Insane asylums in Bengal annual reports 1867-1875 - 1867-1875
Year: 1867
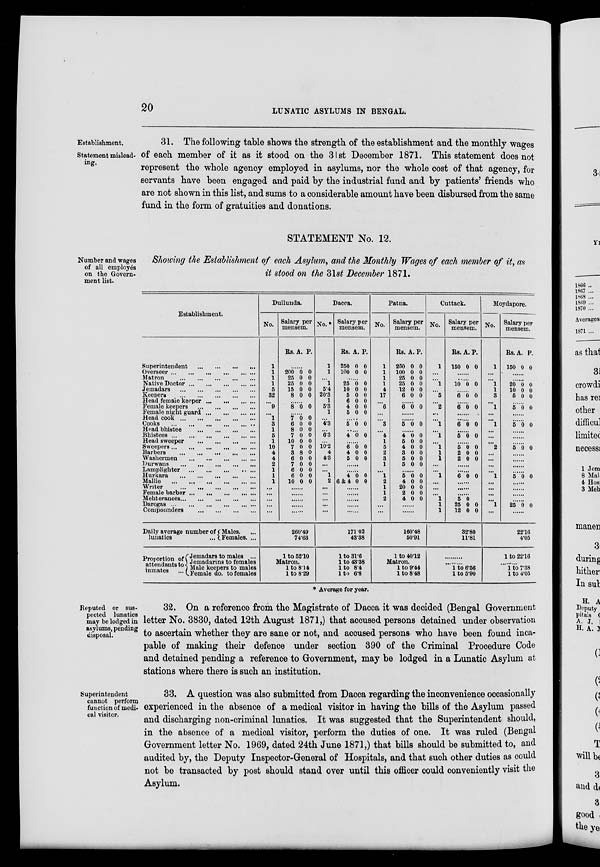
20
LUNATIC ASYLUMS IN BENGAL.
Establishment.
Statement mislead-
ing.
31. The following table shows the strength of the establishment and the monthly wages
of each member of it as it stood on the 31st December 1871. This statement does not
represent the whole agency employed in asylums, nor the whole cost of that agency, for
servants have been engaged and paid by the industrial fund and by patients' friends who
are not shown in this list, and sums to a considerable amount have been disbursed from the same
fund in the form of gratuities and donations.
Number and wages
of all employés
on the Govern-
ment list.
STATEMENT No. 12.
Showing the Establishment of each Asylum, and the Monthly Wages of each member of it, as
it stood on the 31st December 1871.
Establishment.
Superintendent
...
...
...
...
Overseer
...
...
...
...
...
Matron
...
...
...
...
Native Doctor
...
...
...
...
Jemadars
...
...
...
...
Keepers
...
...
...
...
Head female keeper... ... ... ...
Female keepers
...
...
...
...
Female night guard ... ... ... ...
Head cook
...
...
...
...
Cooks
...
...
...
...
Head bhistee
...
...
...
...
Bhistees
...
...
...
...
Head sweeper
...
...
...
...
Sweepers
...
...
...
...
Barbers
...
...
...
...
Washermen
...
...
...
...
Durwans
...
...
...
...
Lamplighter
...
...
...
...
Hurkara
...
...
...
...
Mallie
...
...
...
...
Writer
...
...
...
...
Female
barber...
...
...
...
Mehteranees...
...
...
...
Darogas
...
...
...
...
Compounders
...
...
...
...
Daily average number of
lunatics
...
Proportion of
attendants to
inmates ...
Males. ...
Females. ...
Jemadars to males ...
Jemadarins to females
Male keepers to males
Female do. to females
Dullunda.
No.
1
1
1
1
5
32
...
9
...
1
3
1
5
1
10
4
4
2
1
1
1
...
...
...
...
...
Salary per
mensem.
Rs. A. P.
......
200
25
25
15
8
0
0
0
0
0
0
0
0
0
0
......
8 0 0
......
7
6
8
7
10
7
3
6
7
6
6
10
0
0
0
0
0
0
8
0
0
0
0
0
0
0
0
0
0
0
0
0
0
0
0
0
......
......
......
......
......
260.49
74.63
1 to 52.10
Matron.
1 to 8.14
1 to 8.29
Dacca.
No.*
1
1
...
1
5.4
20.3
1
5.3
1
...
4.3
...
6.3
...
10.2
4
4.3
...
...
1
2
...
...
...
...
...
Salary per
mensem.
Rs.
250
100
A.
0
0
P.
0
0
......
25
10
5
6
4
5
0
0
0
0
0
0
0
0
0
0
0
0
......
5 0 0
......
4 0 0
......
6
4
5
0
0
0
0
0
0
......
......
4
6 & 4
0
0
0
0
......
......
......
......
......
171.02
43.38
1 to 31.6
1 to 43.38
1 to 8.4
1 to 6.8
Patna.
No.
1
1
1
1
4
17
...
6
...
...
3
...
4
1
5
2
3
1
...
1
2
1
1
2
...
...
Salary per
mensem.
Rs.
250
100
25
25
12
6
A.
0
0
0
0
0
0
P.
0
0
0
0
0
0
......
6 0 0
......
......
5 0 0
......
4
5
4
3
5
5
0
0
0
0
0
0
0
0
0
0
0
0
......
5
4
20
2
4
0
0
0
0
0
0
0
0
0
0
......
......
160.48
50.91
1 to 40.12
Matron.
1 to 9.44
1 to 8.48
Cuttack.
No.
1
...
...
1
...
5
...
2
...
...
1
...
1
...
1
1
1
...
...
1
...
...
...
1
1
1
Salary per
mensem.
Rs.
150
A.
0
P.
0
......
......
10 0 0
......
6 0 0
......
6 0 0
......
......
6 0 0
......
5 0 0
......
5
2
2
0
0
0
0
0
0
......
......
6 0 0
......
......
......
5
25
12
0
0
0
0
0
32.80
11.81
..........
..........
1 to 6.56
1 to 5.90
Moydapore.
No.
1
...
...
1
1
3
...
1
...
...
1
...
...
...
2
...
...
...
...
1
...
...
...
...
1
...
Salary per
mensem.
Rs.
150
A.
0
P.
0
......
......
20
10
5
0
0
0
0
0
0
......
5 0 0
......
......
5 0 0
......
......
......
5 0 0
......
......
......
......
5 0 0
......
......
......
......
25 0 0
......
22.16
4.05
1 to 22.16
.........
1 to 7.38
1 to 4.05
* Average for year.
Reputed or sus-
pected lunatics
may be lodged in
asylums, pending
disposal.
32. On a reference from the Magistrate of Dacca it was decided (Bengal Government
letter No. 3830, dated 12th August 1871,) that accused persons detained under observation
to ascertain whether they are sane or not, and accused persons who have been found inca-
pable of making their defence under section 390 of the Criminal Procedure Code
and detained pending a reference to Government, may be lodged in a Lunatic Asylum at
stations where there is such an institution.
Superintendent
cannot perform
function of medi-
cal visitor.
33. A question was also submitted from Dacca regarding the inconvenience occasionally
experienced in the absence of a medical visitor in having the bills of the Asylum passed
and discharging non-criminal lunatics. It was suggested that the Superintendent should,
in the absence of a medical visitor, perform the duties of one. It was ruled (Bengal
Government letter No. 1969, dated 24th June 1871,) that bills should be submitted to, and
audited by, the Deputy Inspector-General of Hospitals, and that such other duties as could
not be transacted by post should stand over until this officer could conveniently visit the
Asylum.